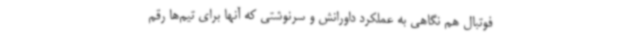
فوتبال هم نگاهی به عملکرد داورانش و سرنوشتی که آنها برای تیم‌ها رقم